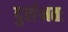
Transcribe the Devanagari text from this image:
दुर्लभतः